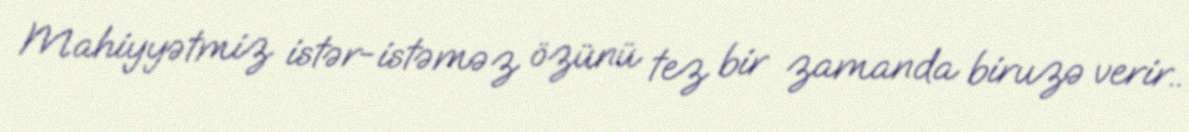
Mahiyyətmiz istər-istəməz özünü tez bir zamanda biruzə verir..